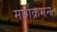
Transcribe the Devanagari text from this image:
मार्गक्रमन